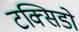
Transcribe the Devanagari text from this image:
टक्सिडो